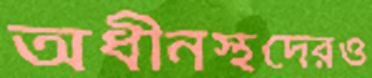
অধীনস্থদেরও